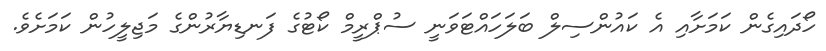
ހޯދައިގެން ކަމަށާއި އެ ކައުންސިލް ބަލަހައްޓަވަނީ ސުޕްރީމް ކޯޓުގެ ފަނޑިޔާރުންގެ މަޖިލީހުން ކަމަށެވެ.